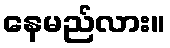
နေမည်လား။